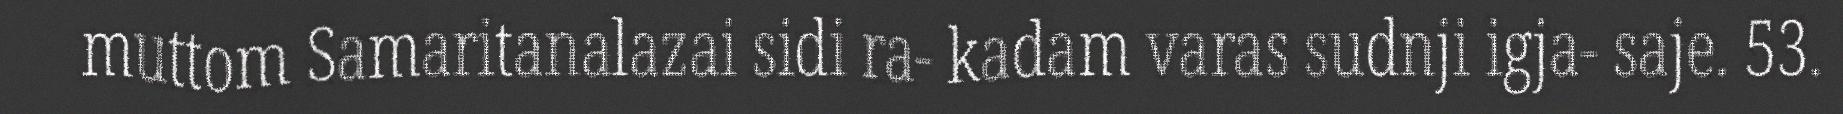
muttom Samaritanalazai sidi ra- kadam varas sudnji igja- saje. 53.